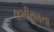
લખીરામના